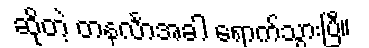
ဆိုတဲ့ တနင်္လာအခါ ရောက်သွားပြီ။